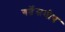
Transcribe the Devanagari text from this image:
गर्तेसमीप